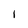
Character: i